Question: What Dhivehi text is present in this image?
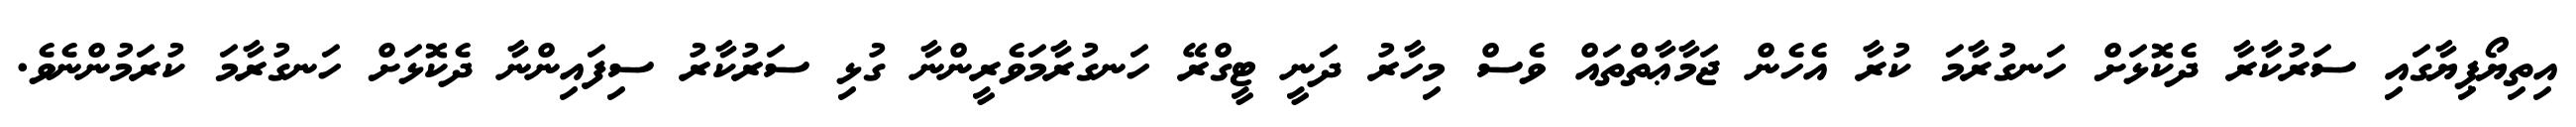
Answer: އިތިޔޯޕިޔާގައި ސަރުކާރާ ދެކޮޅަށް ހަނގުރާމަ ކުރާ އެހެން ޖަމާޢާތްތައް ވެސް މިހާރު ދަނީ ޓީގްރޭ ހަނގުރާމަވެރީންނާ ގުޅި ސަރުކާރު ސިފައިންނާ ދެކޮޅަށް ހަނގުރާމަ ކުރަމުންނެވެ.